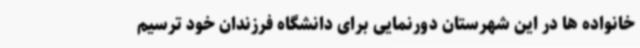
خانواده ها در این شهرستان دورنمایی برای دانشگاه فرزندان خود ترسیم